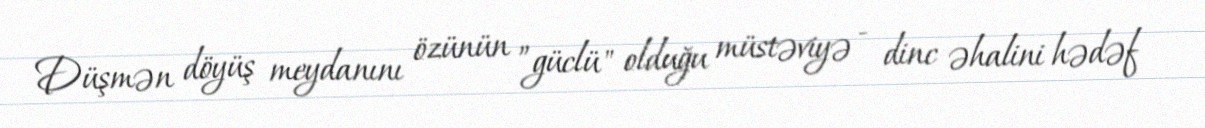
Düşmən döyüş meydanını özünün ”güclü" olduğu müstəviyə - dinc əhalini hədəf